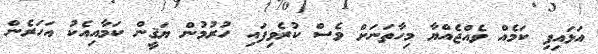
އަޅައިފި ކަމެއް ވެއްޖެއްޔާ މިހާތަނަށް ވެސް ކުރެވިފައި ހުރުމުން ޔަޤީން ކަމާއިއެކު އަހަރެން